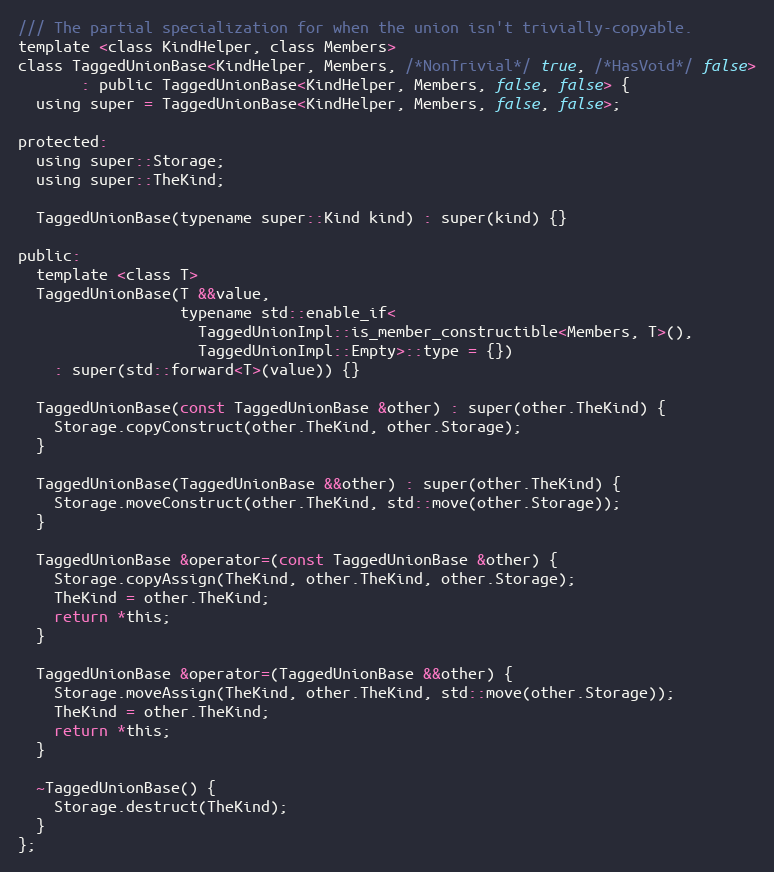
Language: C
/// The partial specialization for when the union isn't trivially-copyable.
template <class KindHelper, class Members>
class TaggedUnionBase<KindHelper, Members, /*NonTrivial*/ true, /*HasVoid*/ false>
       : public TaggedUnionBase<KindHelper, Members, false, false> {
  using super = TaggedUnionBase<KindHelper, Members, false, false>;

protected:
  using super::Storage;
  using super::TheKind;

  TaggedUnionBase(typename super::Kind kind) : super(kind) {}

public:
  template <class T>
  TaggedUnionBase(T &&value,
                  typename std::enable_if<
                    TaggedUnionImpl::is_member_constructible<Members, T>(),
                    TaggedUnionImpl::Empty>::type = {})
    : super(std::forward<T>(value)) {}

  TaggedUnionBase(const TaggedUnionBase &other) : super(other.TheKind) {
    Storage.copyConstruct(other.TheKind, other.Storage);
  }

  TaggedUnionBase(TaggedUnionBase &&other) : super(other.TheKind) {
    Storage.moveConstruct(other.TheKind, std::move(other.Storage));
  }

  TaggedUnionBase &operator=(const TaggedUnionBase &other) {
    Storage.copyAssign(TheKind, other.TheKind, other.Storage);
    TheKind = other.TheKind;
    return *this;
  }

  TaggedUnionBase &operator=(TaggedUnionBase &&other) {
    Storage.moveAssign(TheKind, other.TheKind, std::move(other.Storage));
    TheKind = other.TheKind;
    return *this;
  }

  ~TaggedUnionBase() {
    Storage.destruct(TheKind);
  }
};